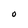
Character: O